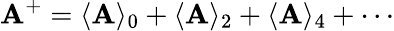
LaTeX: \mathbf{A}^{+}=\langle\mathbf{A}\rangle_{0}+\langle\mathbf{A}\rangle_{2}+\langle\mathbf{A}\rangle_{4}+\cdots